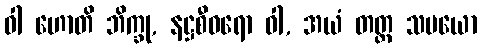
ဝါ ဟောတိ ဘိက္ခု, နဋ္ဌစီဝရော ဝါ, အယံ တတ္ထ သမယော